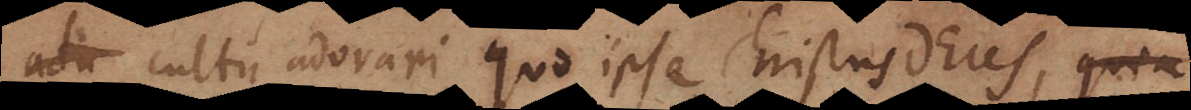
cultu adorari quo ipse Christus Deus, quia